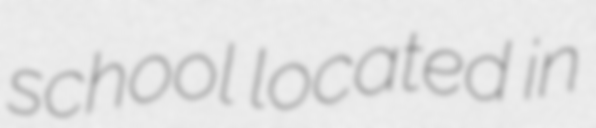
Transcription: school located in